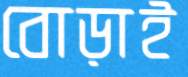
বোড়াই